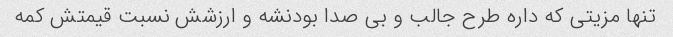
تنها مزیتی که داره طرح جالب و بی صدا بودنشه و ارزشش نسبت قیمتش کمه